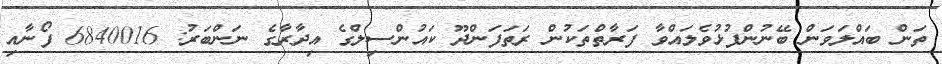
ތަން ބައްލަވަން ބޭނުންފުޅުވެލައްވާ ފަރާތްތަކުން ރަތަފަންދޫ ކައުންސިލްގެ އިދާރާގެ ނަންބަރު: 6840016 ފޯނާއި